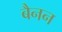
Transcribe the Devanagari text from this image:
बैनन